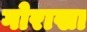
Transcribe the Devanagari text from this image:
गोराखा